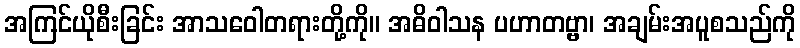
အကြင်ယိုစီးခြင်း အာသဝေါတရားတို့ကို။ အဓိဝါသန ပဟာတဗ္ဗာ၊ အချမ်းအပူစသည်ကို